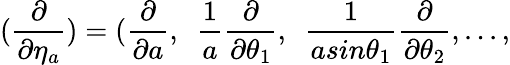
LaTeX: (\frac{\partial}{\partial\eta_{a}})=(\frac{\partial}{\partial a},~~\frac{1}{a}\frac{\partial}{\partial\theta_{1}},~~\frac{1}{asin{\theta_{1}}}\frac{\partial}{\partial\theta_{2}},...,